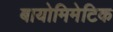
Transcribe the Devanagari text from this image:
बायोमिमेटिक